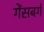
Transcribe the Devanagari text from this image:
गेंसबर्ग